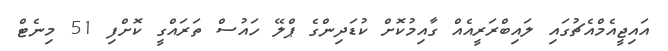
އައިޖީއެމްއެޗުގައި ލައިބްރަރީއެއް ގާއިމުކޮށް ކުޑަދިންގެ ޕްލޭ ހައުސް ތަރައްގީ ކޮށްފި 51 މިނެޓް